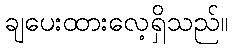
ချပေးထားလေ့ရှိသည်။